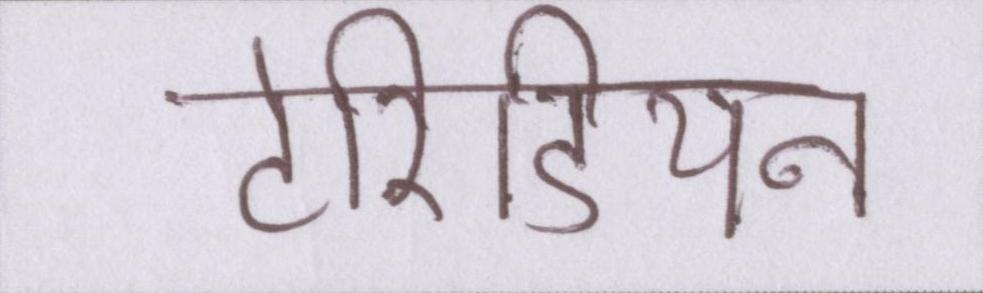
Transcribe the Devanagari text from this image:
टेरिडियन